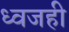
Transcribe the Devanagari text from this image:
ध्वजही